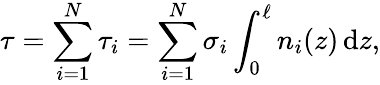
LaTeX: \tau=\sum_{i=1}^{N}\tau_{i}=\sum_{i=1}^{N}\sigma_{i}\int_{0}^{\ell}n_{i}(z)\, \mathrm{d}z,